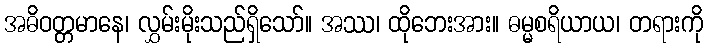
အဓိဝတ္တမာနေ၊ လွှမ်းမိုးသည်ရှိသော်။ အဿ၊ ထိုဘေးအား။ ဓမ္မစရိယာယ၊ တရားကို